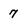
Character: 7